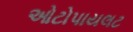
ઓટોપાયલટ